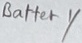
Text: Battery